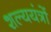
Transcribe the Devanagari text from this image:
शल्ययंत्रों